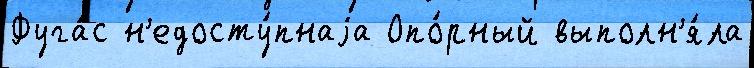
Фуга́с н'едосту́пнаjа Опо́рный выполн'я́ла